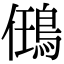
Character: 𪀼